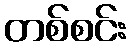
တစ်စင်း